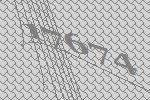
17674